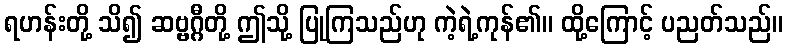
ရဟန်းတို့ သိ၍ ဆဗ္ဗဂ္ဂီတို့ ဤသို့ ပြုကြသည်ဟု ကဲ့ရဲ့ကုန်၏။ ထို့ကြောင့် ပညတ်သည်။